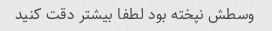
وسطش نپخته بود لطفا بیشتر دقت کنید